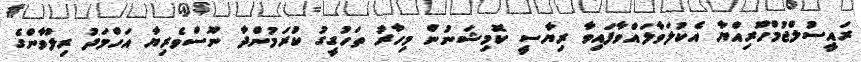
ރައީސުލްޖުމްހޫރިއްޔާ އެކުލަވާލައްވާފައިވާ ރިޔާސީ ކޮމިޝަނުން މިހާރު ތަހުގީގު ކުރަމުންދާ ނޫސްވެރިޔާ އަހްމަދު ރިލުވާންގެ